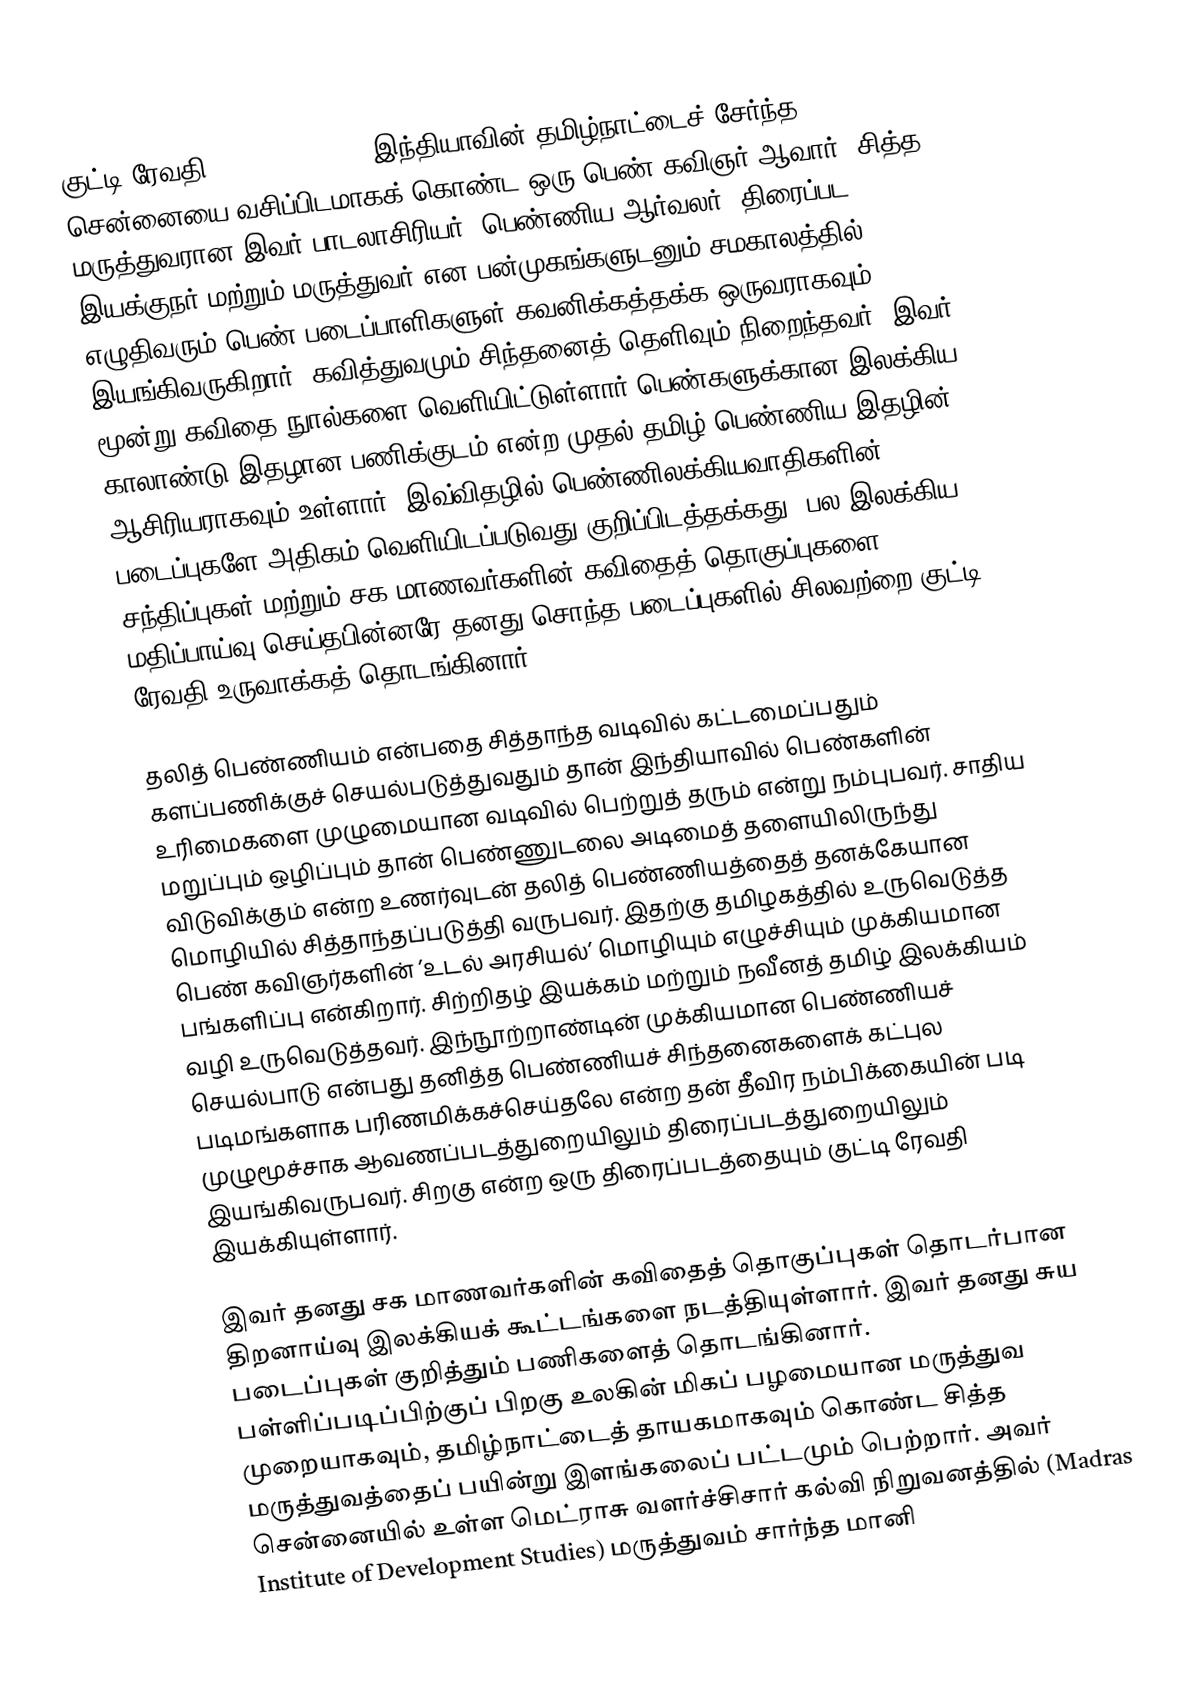
குட்டி ரேவதி (Kutti Revathi) இந்தியாவின் தமிழ்நாட்டைச் சேர்ந்த சென்னையை வசிப்பிடமாகக் கொண்ட ஒரு பெண் கவிஞர் ஆவார். சித்த மருத்துவரான இவர் பாடலாசிரியர், பெண்ணிய ஆர்வலர், திரைப்பட இயக்குநர்  மற்றும் மருத்துவர் என பன்முகங்களுடனும் சமகாலத்தில் எழுதிவரும் பெண் படைப்பாளிகளுள் கவனிக்கத்தக்க ஒருவராகவும்  இயங்கிவருகிறார். கவித்துவமும் சிந்தனைத் தெளிவும் நிறைந்தவர். இவர் மூன்று கவிதை நுால்களை வெளியிட்டுள்ளார்.பெண்களுக்கான இலக்கிய காலாண்டு இதழான பணிக்குடம் என்ற முதல் தமிழ் பெண்ணிய இதழின் ஆசிரியராகவும் உள்ளார். இவ்விதழில் பெண்ணிலக்கியவாதிகளின் படைப்புகளே அதிகம் வெளியிடப்படுவது குறிப்பிடத்தக்கது. பல இலக்கிய சந்திப்புகள் மற்றும் சக மாணவர்களின் கவிதைத் தொகுப்புகளை மதிப்பாய்வு செய்தபின்னரே தனது சொந்த படைப்புகளில் சிலவற்றை குட்டி ரேவதி உருவாக்கத் தொடங்கினார்.

தலித் பெண்ணியம் என்பதை சித்தாந்த வடிவில் கட்டமைப்பதும் களப்பணிக்குச் செயல்படுத்துவதும் தான் இந்தியாவில் பெண்களின் உரிமைகளை முழுமையான வடிவில் பெற்றுத் தரும் என்று நம்புபவர். சாதிய மறுப்பும் ஒழிப்பும் தான் பெண்ணுடலை அடிமைத் தளையிலிருந்து விடுவிக்கும் என்ற உணர்வுடன் தலித் பெண்ணியத்தைத் தனக்கேயான மொழியில் சித்தாந்தப்படுத்தி வருபவர். இதற்கு தமிழகத்தில் உருவெடுத்த பெண் கவிஞர்களின் ’உடல் அரசியல்’ மொழியும் எழுச்சியும் முக்கியமான பங்களிப்பு என்கிறார். சிற்றிதழ் இயக்கம் மற்றும் நவீனத் தமிழ் இலக்கியம் வழி உருவெடுத்தவர். இந்நூற்றாண்டின் முக்கியமான பெண்ணியச் செயல்பாடு என்பது தனித்த பெண்ணியச் சிந்தனைகளைக் கட்புல படிமங்களாக பரிணமிக்கச்செய்தலே என்ற தன் தீவிர நம்பிக்கையின் படி முழுமூச்சாக ஆவணப்படத்துறையிலும் திரைப்படத்துறையிலும் இயங்கிவருபவர். சிறகு என்ற ஒரு திரைப்படத்தையும் குட்டி ரேவதி இயக்கியுள்ளார்.

இவர் தனது சக மாணவர்களின் கவிதைத் தொகுப்புகள் தொடர்பான திறனாய்வு இலக்கியக் கூட்டங்களை நடத்தியுள்ளார். இவர் தனது சுய படைப்புகள் குறித்தும் பணிகளைத் தொடங்கினார். பள்ளிப்படிப்பிற்குப் பிறகு உலகின் மிகப் பழமையான மருத்துவ முறையாகவும், தமிழ்நாட்டைத் தாயகமாகவும் கொண்ட சித்த மருத்துவத்தைப் பயின்று இளங்கலைப்  பட்டமும் பெற்றார். அவர் சென்னையில் உள்ள மெட்ராசு வளர்ச்சிசார் கல்வி நிறுவனத்தில் (Madras Institute of Development Studies) மருத்துவம் சார்ந்த மானி